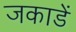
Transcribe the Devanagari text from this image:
जकाडें